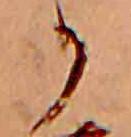
か